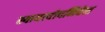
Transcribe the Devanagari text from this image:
स्वायत्त्योपनिवेश